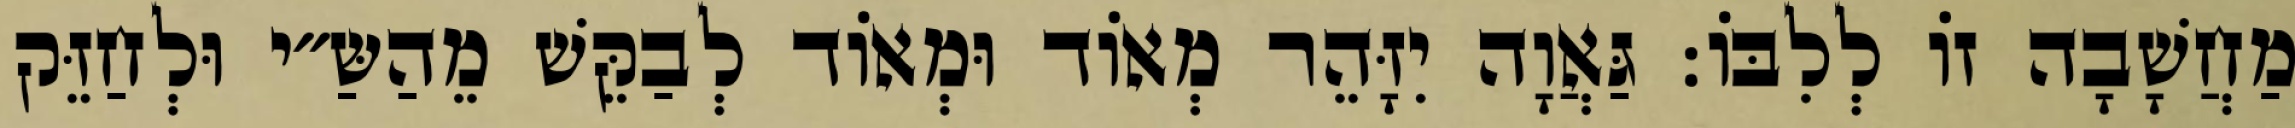
מַחֲשָׁבָה זוֹ לְלִבּוֹ: גַּאֲוָה יִזָּהֵר מְאוֹד וּמְאוֹד לְבַקֵּשׁ מֵהַשַּ״י וּלְחַזֵּק